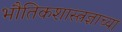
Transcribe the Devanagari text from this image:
भौतिकशास्त्रज्ञाच्या